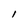
Character: I